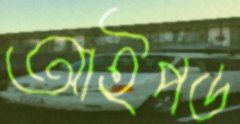
আইপড